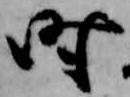
時